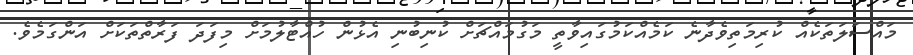
މައްސަލަތަކެއް ކުރިމަތިވެދާނެ ކަމެއްކަމުގައިވާތީ މަގުމައްޗަށް ކުނިބުނި އެޅުން ހުއްޓާލުމަށް މިފަދަ ފަރާތްތަކަށް އަންގަމެވެ.